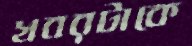
খবরটাকে